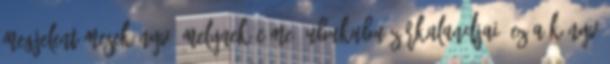
megjelent mesekönyv, melynek címe: Ubukubu zűrkalandjai. Ez a könyv